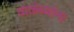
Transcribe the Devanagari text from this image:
वाळंब्यांना